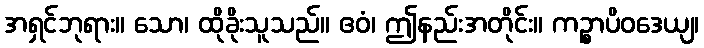
အရှင်ဘုရား။ သော၊ ထိုခိုးသူသည်။ ဧဝံ၊ ဤနည်းအတိုင်း။ ကဉ္စာပိဝဒေယျ၊